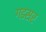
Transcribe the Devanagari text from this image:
गडसर